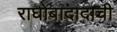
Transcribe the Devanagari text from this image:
राघोबादादाची